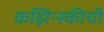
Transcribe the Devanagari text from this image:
कझिन्स्कीची